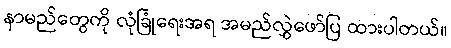
နာမည်တွေကို လုံခြုံရေးအရ အမည်လွှဲဖော်ပြ ထားပါတယ်။